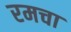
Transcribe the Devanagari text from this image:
रमचा